Lunatic asylums in Bengal annual reports 1888-1898 - 1888-1898
Year: 1888
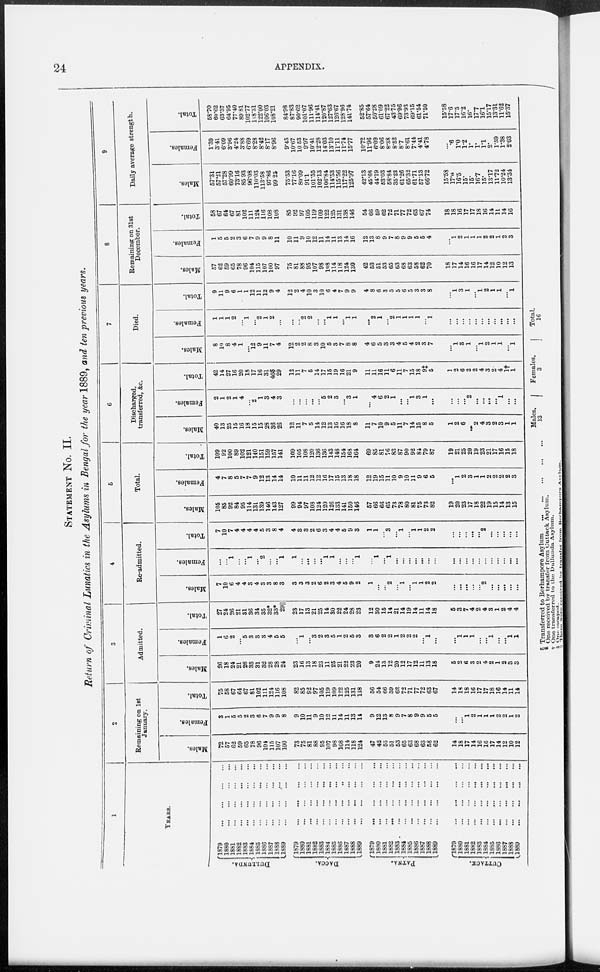
24
APPENDIX.
STATEMENT NO. II.
Return of Criminal Lunatics in the Asylums in Bengal for the year 1889, and ten previous years.
1
YEARS.
DULLUNDA.
DACCA.
PATNA.
CUTTACK.
1879
...
...
...
...
1880
...
...
...
...
1881 ... ... ... ...
1882 ... ... ... ...
1883
...
...
...
...
1884
...
...
...
...
1885
...
...
...
...
1886
...
...
...
...
1887
...
...
...
...
1888
...
...
...
...
1889
...
...
...
...
1879
...
...
...
...
1880 ... ... ... ...
1881
...
...
...
...
1882
...
...
...
...
1883
...
...
...
...
1884
...
...
...
...
1885
...
...
...
...
1886
...
...
...
...
1887
...
...
...
...
1888
...
...
...
...
1889
...
...
...
...
1879 ... ... ... ...
1880
...
...
...
...
1881
...
...
...
...
1882
...
...
...
...
1883
...
...
...
...
1884 ... ... ... ...
1885
...
...
...
...
1886
...
...
...
...
1887
...
...
...
...
1888
...
...
...
...
1889 ... ... ... ...
1879
...
...
...
...
1880
...
...
...
...
1881
...
...
...
...
1882
...
...
...
...
1883
...
...
...
...
1884
...
...
...
...
1885
...
...
...
...
1886
...
...
...
...
1887
...
...
...
...
1888
...
...
...
...
1889
...
...
...
...
2
Remaining on 1st
January.
Males.
72
57
62
59
65
78
96
104
115
107
100
73
75
81
88
95
107
98
108
114
118
124
47
42
53
51
53
65
63
68
63
58
62
14
18
17
14
16
16
17
14
12
10
12
Females.
3
1
5
5
2
3
6
7
9
9
8
9
10
11
9
10
12
11
14
11
13
14
9
12
13
8
9
7
8
9
9
5
5
...
...
1
2
1
1
1
2
2
1
2
Total.
75
58
67
64
67
81
102
111
124
116
108
82
85
92
97
105
119
109
122
125
131
138
56
54
66
59
62
72
71
77
72
63
67
14
18
18
16
17
17
18
16
14
11
14
3
Admitted.
Males.
26
18
24
21
26
33
31
32
28
28
24
23
16
13
18
23
11
25
21
22
23
20
9
24
13
12
20
12
17
12
11
13
18
5
2
6
3
2
4
2
1
2
3
3
Females.
1
6
2
...
5
3
3
3
4
5
5
...
1
...
3
2
3
5
1
2
5
3
3
6
2
2
1
2
2
2
...
1
...
...
1
1
1
...
...
1
...
...
1
1
Total.
27
24
26
21
31
36
34
35
32*
33*
29||
23
17
13
21
25
14
30
22
24
28
23
12
30
15
14
21
14
19
14
11
14
18
5
3
7
4
2
4
3
1
2
4
4
4
Re-admitted.
Males.
7
10
6
4
4
3
4
3
3
8
3
3
3
3
2
6
2
3
4
5
9
2
1
...
...
2
...
1
...
1
1
2
2
...
...
...
...
...
2
...
...
...
...
...
Females.
...
...
1
...
...
1
...
2
...
...
1
1
...
...
...
...
1
1
...
...
...
1
...
1
...
1
...
...
...
...
...
...
...
...
...
...
...
...
...
...
...
...
...
...
Total.
7
10
7
4
4
4
4
5
3
8
4
4
3
3
2
6
3
4
4
5
9
3
1
1
...
3
...
1
...
1
1
2
2
...
...
...
...
...
2
...
...
...
...
...
5
Total.
Males.
105
85
92
84
95
114
131
139
146
143
127
99
94
97
108
124
120
126
133
141
150
146
67
66
66
65
73
78
80
81
75
73
82
19
20
23
17
18
22
19
15
14
13
15
Females.
4
7
8
5
7
7
9
12
13
14
14
10
11
11
12
12
16
17
15
13
18
18
12
19
15
11
10
9
10
11
9
6
6
...
1
2
3
1
1
2
2
2
2
3
Total.
109
92
100
89
102
121
140
151
159
157
141
109
105
108
120
136
136
143
148
154
168
164
69
85
81
76
83
87
90
92
84
79
87
19
21
25
20
19
23
21
17
16
15
18
6
Discharged,
transferred, &c.
Males.
40
13
25
15
16
18
15
15
28
36
26
12
11
7
5
14
12
13
16
16
18
8
11
7
10
9
6
11
7
14
15
8
5
1
2
6
...
2
4
3
2
3
1
1
Females.
2
1
2
1
4
...
2
1
3
4
3
...
...
...
...
...
5
2
3
...
3
1
...
4
6
2
1
...
1
3
1
...
...
...
...
2
...
...
...
...
1
...
...
Total.
42
14
27
16
20
18
17
16
31
403 29
12
11
7
5
14
17
15
19
16
21
9
11
11
16
11
6
11
7
15
18
9‡
5
1
2
6
2
2
4
3
2
4
1†
1
7
Died.
Males.
8
10
8
4
1
...
12
9
11
7
4
12
2
2
8
3
10
5
3
7
8
8
4
6
5
3
3
4
5
4
2
3
7
...
1
3
1
...
1
2
1
1
...
1
Females.
1
1
1
2
...
1
...
2
1
2
...
...
...
2
2
...
...
1
1
...
1
1
...
2
1
...
2
1
1
1
1
...
1
...
...
...
...
...
...
...
...
...
...
...
Total.
9
11
9
6
1
1
12
11
12
9
4
12
2
4
10
3
10
6
4
7
9
9
4
8
6
3
5
5
6
5
3
3
8
...
1
3
1
...
1
2
1
1
...
1
8
Remaining on 31st
December.
Males.
57
62
59
65
78
96
104
115
107
100
97
75
81
88
95
107
98
108
114
118
124
130
42
53
51
53
65
63
68
63
58
62
70
18
17
14
16
16
17
14
12
10
12
13
Females.
1
5
5
2
3
6
7
9
9
8
11
10
11
9
10
12
11
14
11
13
14
16
12
13
8
9
7
8
9
9
5
5
4
...
1
2
1
1
1
2
2
1
2
3
Total.
58
67
64
67
81
102
111
124
116
108
108
85
92
97
105
119
109
122
125
131
138
146
54
66
59
62
72
71
77
72
63
67
74
18
18
16
17
17
18
16
14
11
14
16
9
Daily average strength.
Males.
57.31
57.21
57.28
60.99
7316
85 93
96.08
110.03
113.58
97.86
99 22
7553
77.16
80.09
91.1
101.55
102.13
106.84
114.53
115.56
117.22
125.97
42.13
45.68
44.19
53.03
58.84
35.23
61.26
65.32
61.71
57.13
66.72
15.58
17.0
16.5
15.
15.
16.7
15.
13.17
11.72
10.24
13.34
Females.
1.39
3.41
6.09
3.96
4.24
3.88
6.69
8.28
8.42
8.17
8.96
9.45
10.67
10.53
9.97
10.41
12.28
14.03
13.10
11.11
11.74
15.77
10.72
11.96
6.09
8.06
8.38
8.52
8.7
8.61
7.44
4.41
4.78
...
.6
1.0
1.2
1.
1.
1.1
2.
1.59
1.38
2.03
Total.
58.70
60.62
63.37
64.95
77.40
89.81
102.77
118.31
122.00
106.03
108.21
84.98
87.83
90.62
101.07
111.96
114.41
120.87
127.63
126.67
128.96
141.74
52.85
57.64
50.28
61.09
67.23
43.75
69.96
73.93
69.15
61.54
71.50
15.58
17.6
17.5
16.2
16.
17.7
16.1
15.17
13.31
11.62
15.37
§ Transferred to Berhampore Asylum
...
...
...
...
...
* One received by transfer from Cuttack Asylum.
† One transferred to the Dullunda Asylum.
‡ One
escaped.
|| There were
received
by
transfer from Berhampore Asylum.
Males.
13
Females.
3
Total.
16